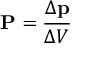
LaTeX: \mathbf { P } = { \frac { \Delta \mathbf { p } } { \Delta V } }